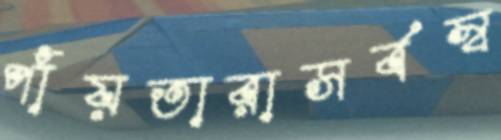
পাঁয়তারাসর্বস্ব